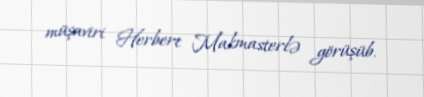
müşaviri Herbert Makmasterlə görüşüb.